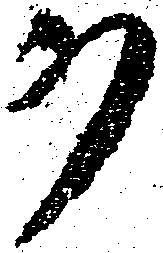
ヲ